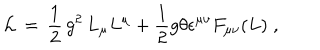
{ \cal L } \, = \, \frac { 1 } { 2 } \, g ^ { 2 } \, L _ { \mu } L ^ { \mu } + \frac { 1 } { 2 } g \theta \epsilon ^ { \mu \nu } F _ { \mu \nu } ( L ) \; ,